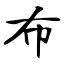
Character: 布